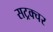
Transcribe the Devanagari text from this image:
सट्रक्चर